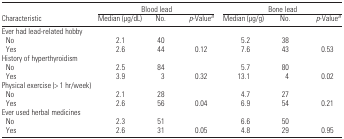
<table><thead><tr><td></td><td colspan="3"><b>Blood lead</b></td><td colspan="3"><b>Bone lead</b></td></tr><tr><td><b>Characteristic</b></td><td><b>Median (μg/dL)</b></td><td><b>No.</b></td><td><b><i>p</i>-Value<i><sup>a</sup></i></b></td><td><b>Median (μg/g)</b></td><td><b>No.</b></td><td><b><i>p</i>-Value<i><sup>a</sup></i></b></td></tr></thead><tbody><tr><td colspan="7">Ever had lead-related hobby</td></tr><tr><td> No</td><td>2.1</td><td>40</td><td></td><td>5.2</td><td>38</td><td></td></tr><tr><td> Yes</td><td>2.6</td><td>44</td><td>0.12</td><td>7.6</td><td>43</td><td>0.53</td></tr><tr><td colspan="7">History of hyperthyroidism</td></tr><tr><td> No</td><td>2.5</td><td>84</td><td></td><td>5.7</td><td>80</td><td></td></tr><tr><td> Yes</td><td>3.9</td><td>3</td><td>0.32</td><td>13.1</td><td>4</td><td>0.02</td></tr><tr><td colspan="7">Physical exercise (&gt; 1 hr/week)</td></tr><tr><td> No</td><td>2.1</td><td>28</td><td></td><td>4.7</td><td>27</td><td></td></tr><tr><td> Yes</td><td>2.6</td><td>56</td><td>0.04</td><td>6.9</td><td>54</td><td>0.21</td></tr><tr><td colspan="7">Ever used herbal medicines</td></tr><tr><td> No</td><td>2.3</td><td>51</td><td></td><td>6.6</td><td>50</td><td></td></tr><tr><td> Yes</td><td>2.6</td><td>31</td><td>0.05</td><td>4.8</td><td>29</td><td>0.95</td></tr></tbody></table>